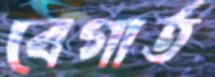
বেগার্ত